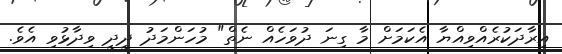
އިރާދަކުރެއްވިއްޔާ އެކަމަށް މާ ގިނަ ދުވަހެއް ނެތް" މުހަންމަދު ދީދީ ވިދާޅުވި އެވެ.